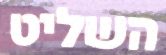
השליט